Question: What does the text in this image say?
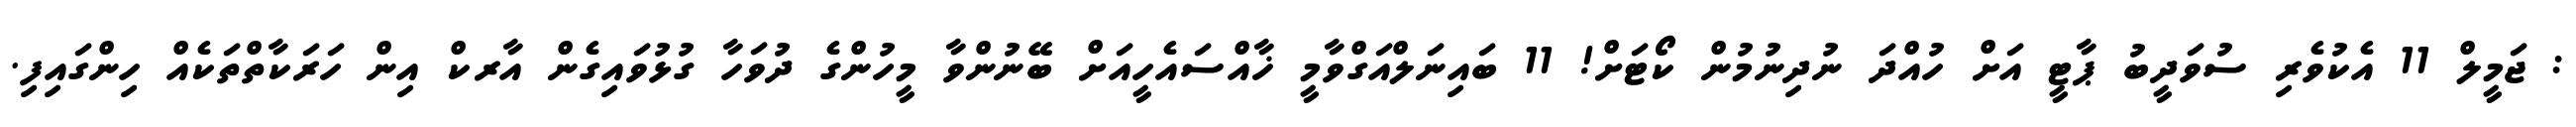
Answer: : ޖަމީލް 11 އެކުވެރި ސުވަދީބު ޕާޓީ އަށް ހުއްދަ ނުދިނުމުން ކޯޓަށް! 11 ބައިނަލްއަގްވާމީ ޚާއްސައެހީއަށް ބޭނުންވާ މީހުންގެ ދުވަހާ ގުޅުވައިގެން އާރކް އިން ހަރަކާތްތަކެއް ހިންގައިފި.